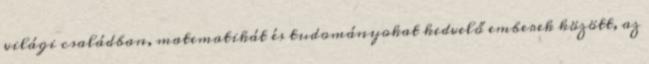
világi családban, matematikát és tudományokat kedvelő emberek között, az